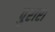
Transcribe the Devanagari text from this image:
पुरारा